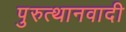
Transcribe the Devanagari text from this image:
पुरुत्थानवादी